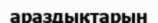
араздықтарын